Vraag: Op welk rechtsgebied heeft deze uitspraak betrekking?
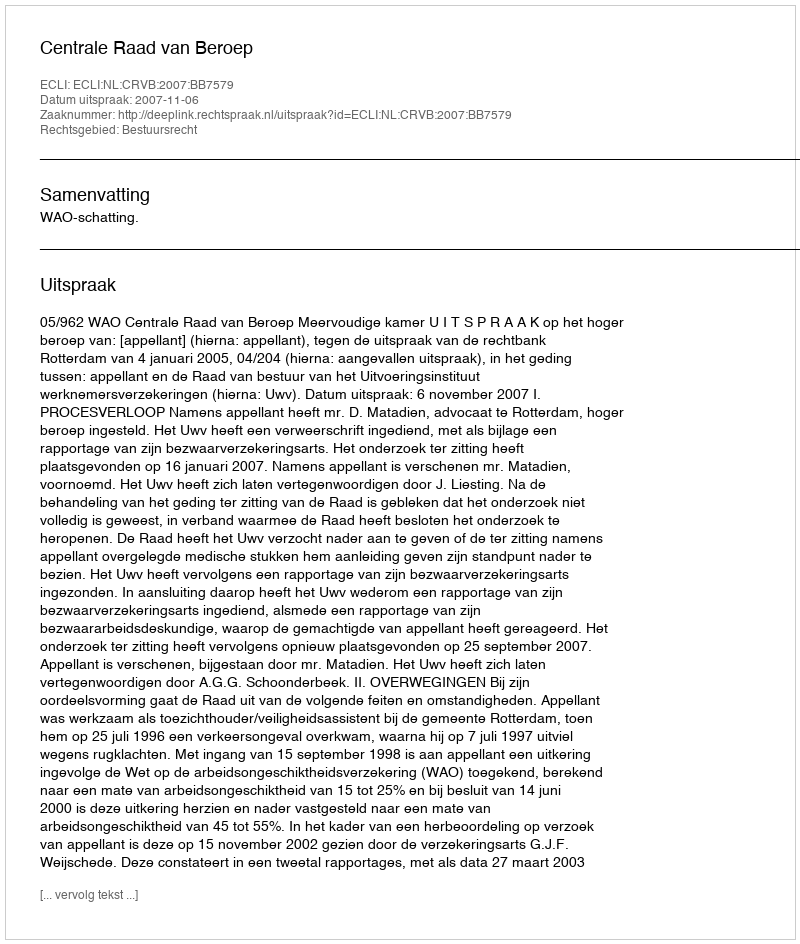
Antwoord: Bestuursrecht